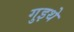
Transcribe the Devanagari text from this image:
गुइथे